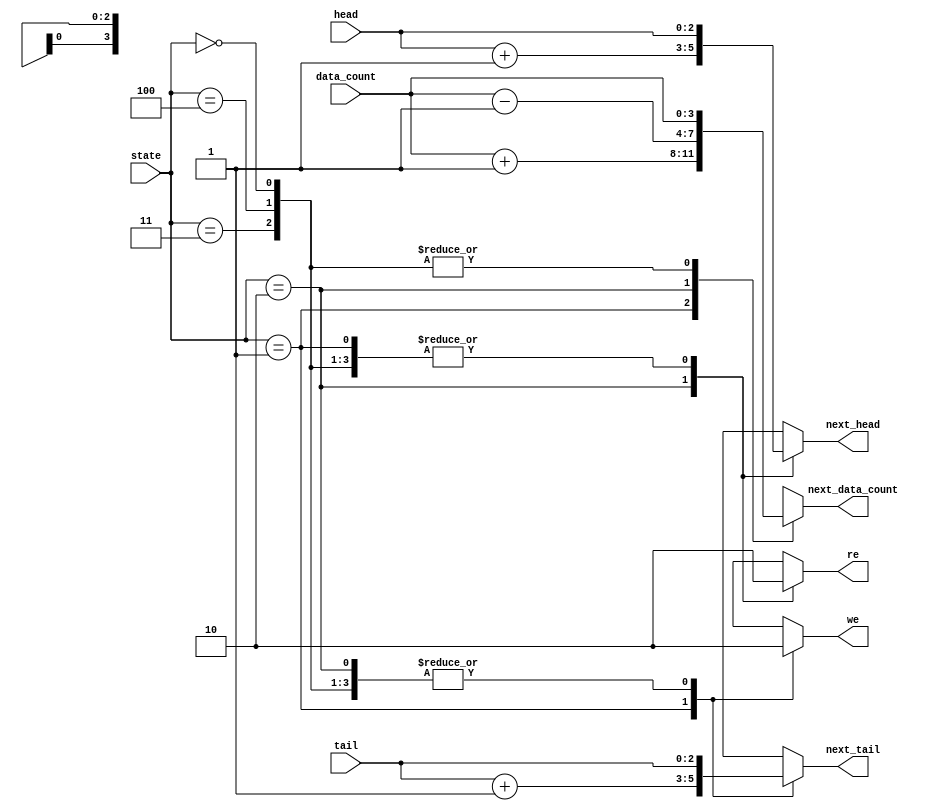
module fifo_in_cal_addr(state, head, tail, data_count, we, re, next_head, next_tail, next_data_count);
//module of fifo_cal_addr  // this module calculates next_state, next_head, next_tail, next_data_count.

	input[2:0] state, head, tail;			//input ports
	input[3:0] data_count;					//input ports
	output reg we,re ;						//output ports
	output reg[2:0] next_head, next_tail;//output ports
	output reg[3:0] next_data_count;		 //output ports
	
	parameter IDLE=3'b000;					//parameterize each states
	parameter WRITE=3'b001;
	parameter READ=3'b010;
	parameter WR_ERROR=3'b011;
	parameter RD_ERROR=3'b100; 
	
	always@(state, head, tail,data_count)	//whenever state, head, tail, data_count are changed
		case(state)									//as state value
		IDLE:		//when next_state is INIT
			begin we=0; re=0; next_head=head; next_tail=tail; next_data_count=data_count; end
			//initialize value
		
		WRITE:	//when next_state is WRITE
			begin we=1; re=0; next_head=head; next_tail=tail+3'b001; next_data_count=data_count+4'b0001; end
			//we=1, tail++, data_count++
			
		READ:		//when next_state is READ
			begin we=0; re=1; next_head=head+3'b001; next_tail=tail; next_data_count=data_count-4'b0001; end
			//re=1, head++, data_count--
	
		WR_ERROR:	//when next_state is WR_ERROR
			begin we=0; re=0;next_head=head; next_tail=tail; next_data_count=data_count; end
			//values are not changed	
		
		RD_ERROR:	//when next_state is RD_ERROR
			begin we=0; re=0; next_head=head; next_tail=tail; next_data_count=data_count;end
			//values are not changed
			
		default:		//default value
			begin we=1'bx; re=1'bx; next_head=3'bxxx; next_tail=3'bxxx; next_data_count=4'bxxxx;end
			//values are unknown value
		endcase
		
endmodule		//end module